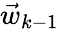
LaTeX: \vec{w}_{k-1}